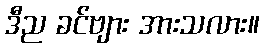
ဒီည ခင်ဗျား အားသလား။